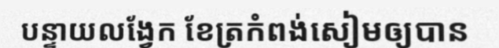
បន្ទាយលង្វែក ខែត្រកំពង់សៀមឲ្យបាន